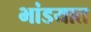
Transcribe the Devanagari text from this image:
भांडयात